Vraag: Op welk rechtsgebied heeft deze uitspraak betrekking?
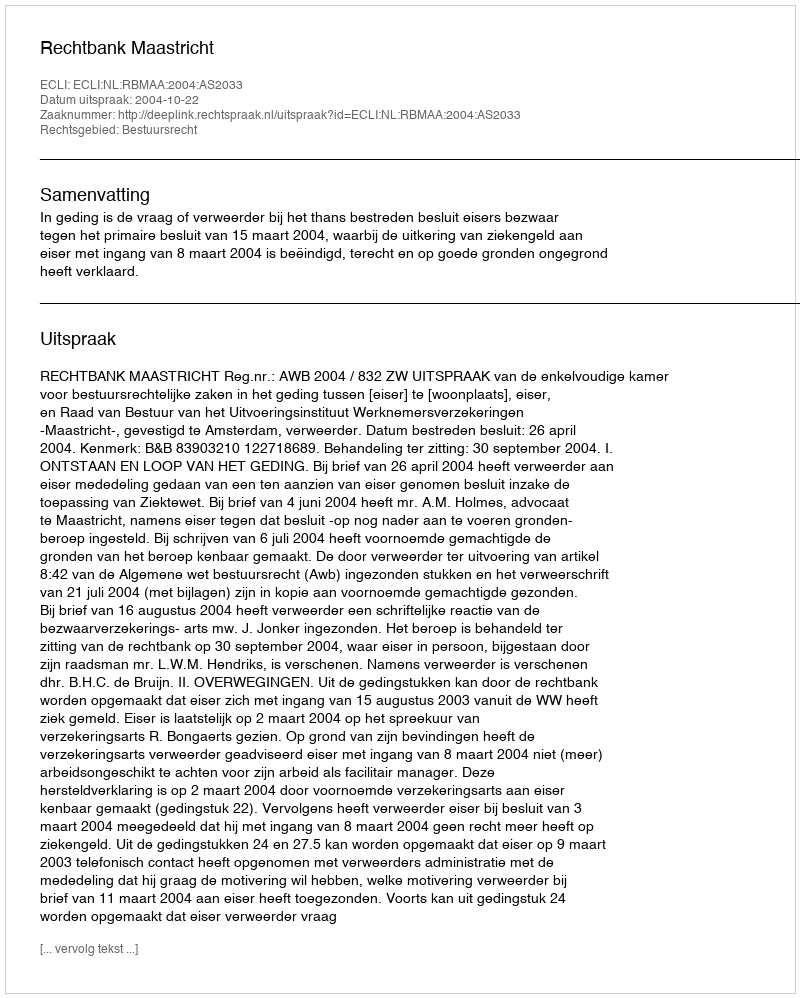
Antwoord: Bestuursrecht